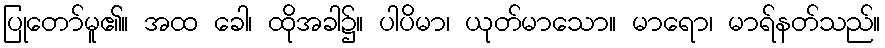
ပြုတော်မူ၏။ အထ ခေါ၊ ထိုအခါ၌။ ပါပိမာ၊ ယုတ်မာသော။ မာရော၊ မာရ်နတ်သည်။